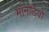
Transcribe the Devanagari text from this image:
मॉनडियो